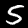
Label: 5